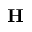
\mathbf { H }